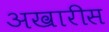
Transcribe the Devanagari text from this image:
अखारीस